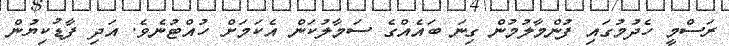
ރަސްމީ ހެދުމުގައި ފުންމާލުމުން ގިނަ ބައެއްގެ ސަމާލުކަން އެކަމަށް ހުއްޓުނެވެ. އަދި ފާޑުކިޔުން